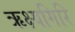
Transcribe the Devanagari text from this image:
ऋक्ष्यगिरि